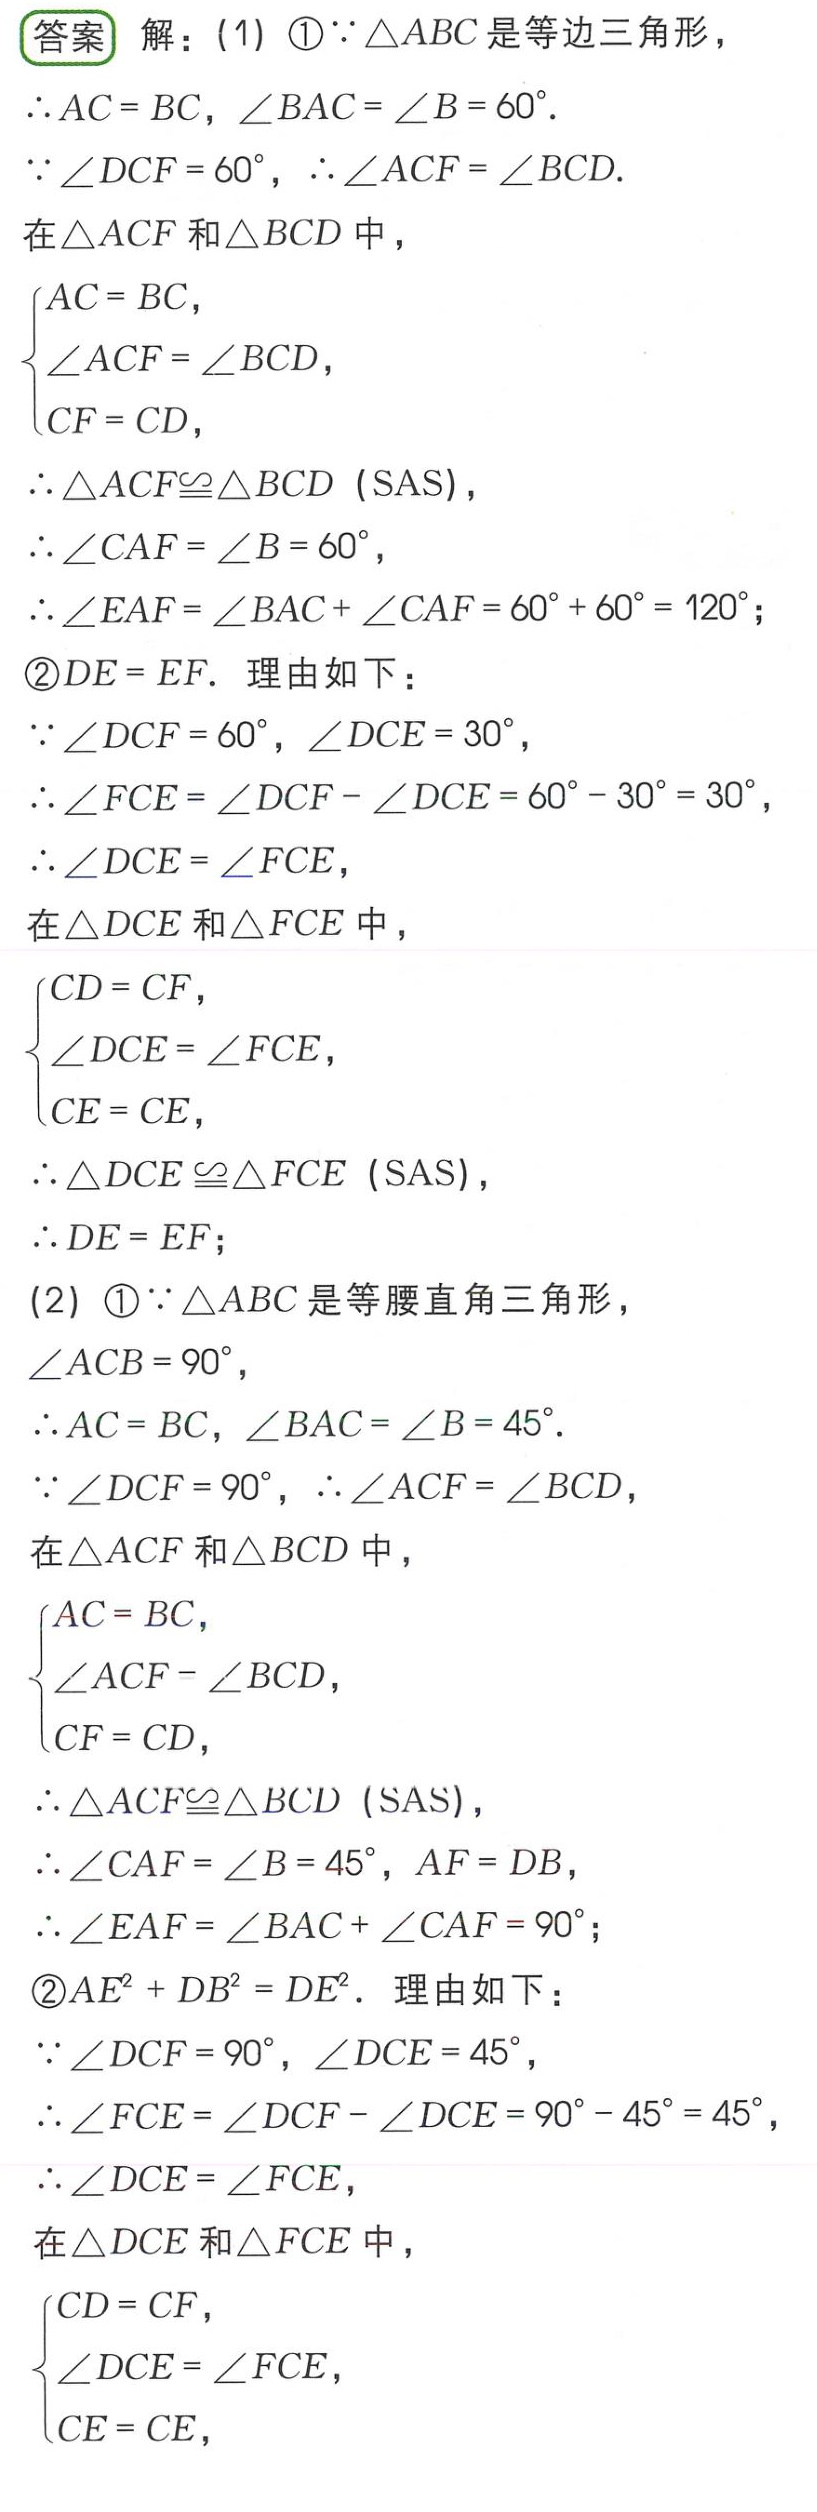
答案 解：(1) \textcircled{1}$\because \triangle ABC$是等边三角形，
$\therefore AC = BC$，$\angle BAC=\angle B = 60^{\circ}$.
$\because \angle DCF = 60^{\circ}$，$\therefore \angle ACF=\angle BCD$.
在$\triangle ACF$和$\triangle BCD$中，
$\begin{cases}
AC = BC,\\
\angle ACF=\angle BCD,\\
CF = CD,
\end{cases}$
$\therefore \triangle ACF\cong\triangle BCD$ (SAS)，
$\therefore \angle CAF=\angle B = 60^{\circ}$，
$\therefore \angle EAF=\angle BAC+\angle CAF = 60^{\circ}+60^{\circ}=120^{\circ}$；
\textcircled{2}$DE = EF$. 理由如下：
$\because \angle DCF = 60^{\circ}$，$\angle DCE = 30^{\circ}$，
$\therefore \angle FCE=\angle DCF - \angle DCE = 60^{\circ}-30^{\circ}=30^{\circ}$，
$\therefore \angle DCE=\angle FCE$，
在$\triangle DCE$和$\triangle FCE$中，
$\begin{cases}
CD = CF,\\
\angle DCE=\angle FCE,\\
CE = CE,
\end{cases}$
$\therefore \triangle DCE\cong\triangle FCE$ (SAS)，
$\therefore DE = EF$；
(2) \textcircled{1}$\because \triangle ABC$是等腰直角三角形，
$\angle ACB = 90^{\circ}$，
$\therefore AC = BC$，$\angle BAC=\angle B = 45^{\circ}$.
$\because \angle DCF = 90^{\circ}$，$\therefore \angle ACF=\angle BCD$，
在$\triangle ACF$和$\triangle BCD$中，
$\begin{cases}
AC = BC,\\
\angle ACF=\angle BCD,\\
CF = CD,
\end{cases}$
$\therefore \triangle ACF\cong\triangle BCD$ (SAS)，
$\therefore \angle CAF=\angle B = 45^{\circ}$，$AF = DB$，
$\therefore \angle EAF=\angle BAC+\angle CAF = 90^{\circ}$；
\textcircled{2}$AE^{2}+DB^{2}=DE^{2}$. 理由如下：
$\because \angle DCF = 90^{\circ}$，$\angle DCE = 45^{\circ}$，
$\therefore \angle FCE=\angle DCF - \angle DCE = 90^{\circ}-45^{\circ}=45^{\circ}$，
$\therefore \angle DCE=\angle FCE$，
在$\triangle DCE$和$\triangle FCE$中，
$\begin{cases}
CD = CF,\\
\angle DCE=\angle FCE,\\
CE = CE,
\end{cases}$